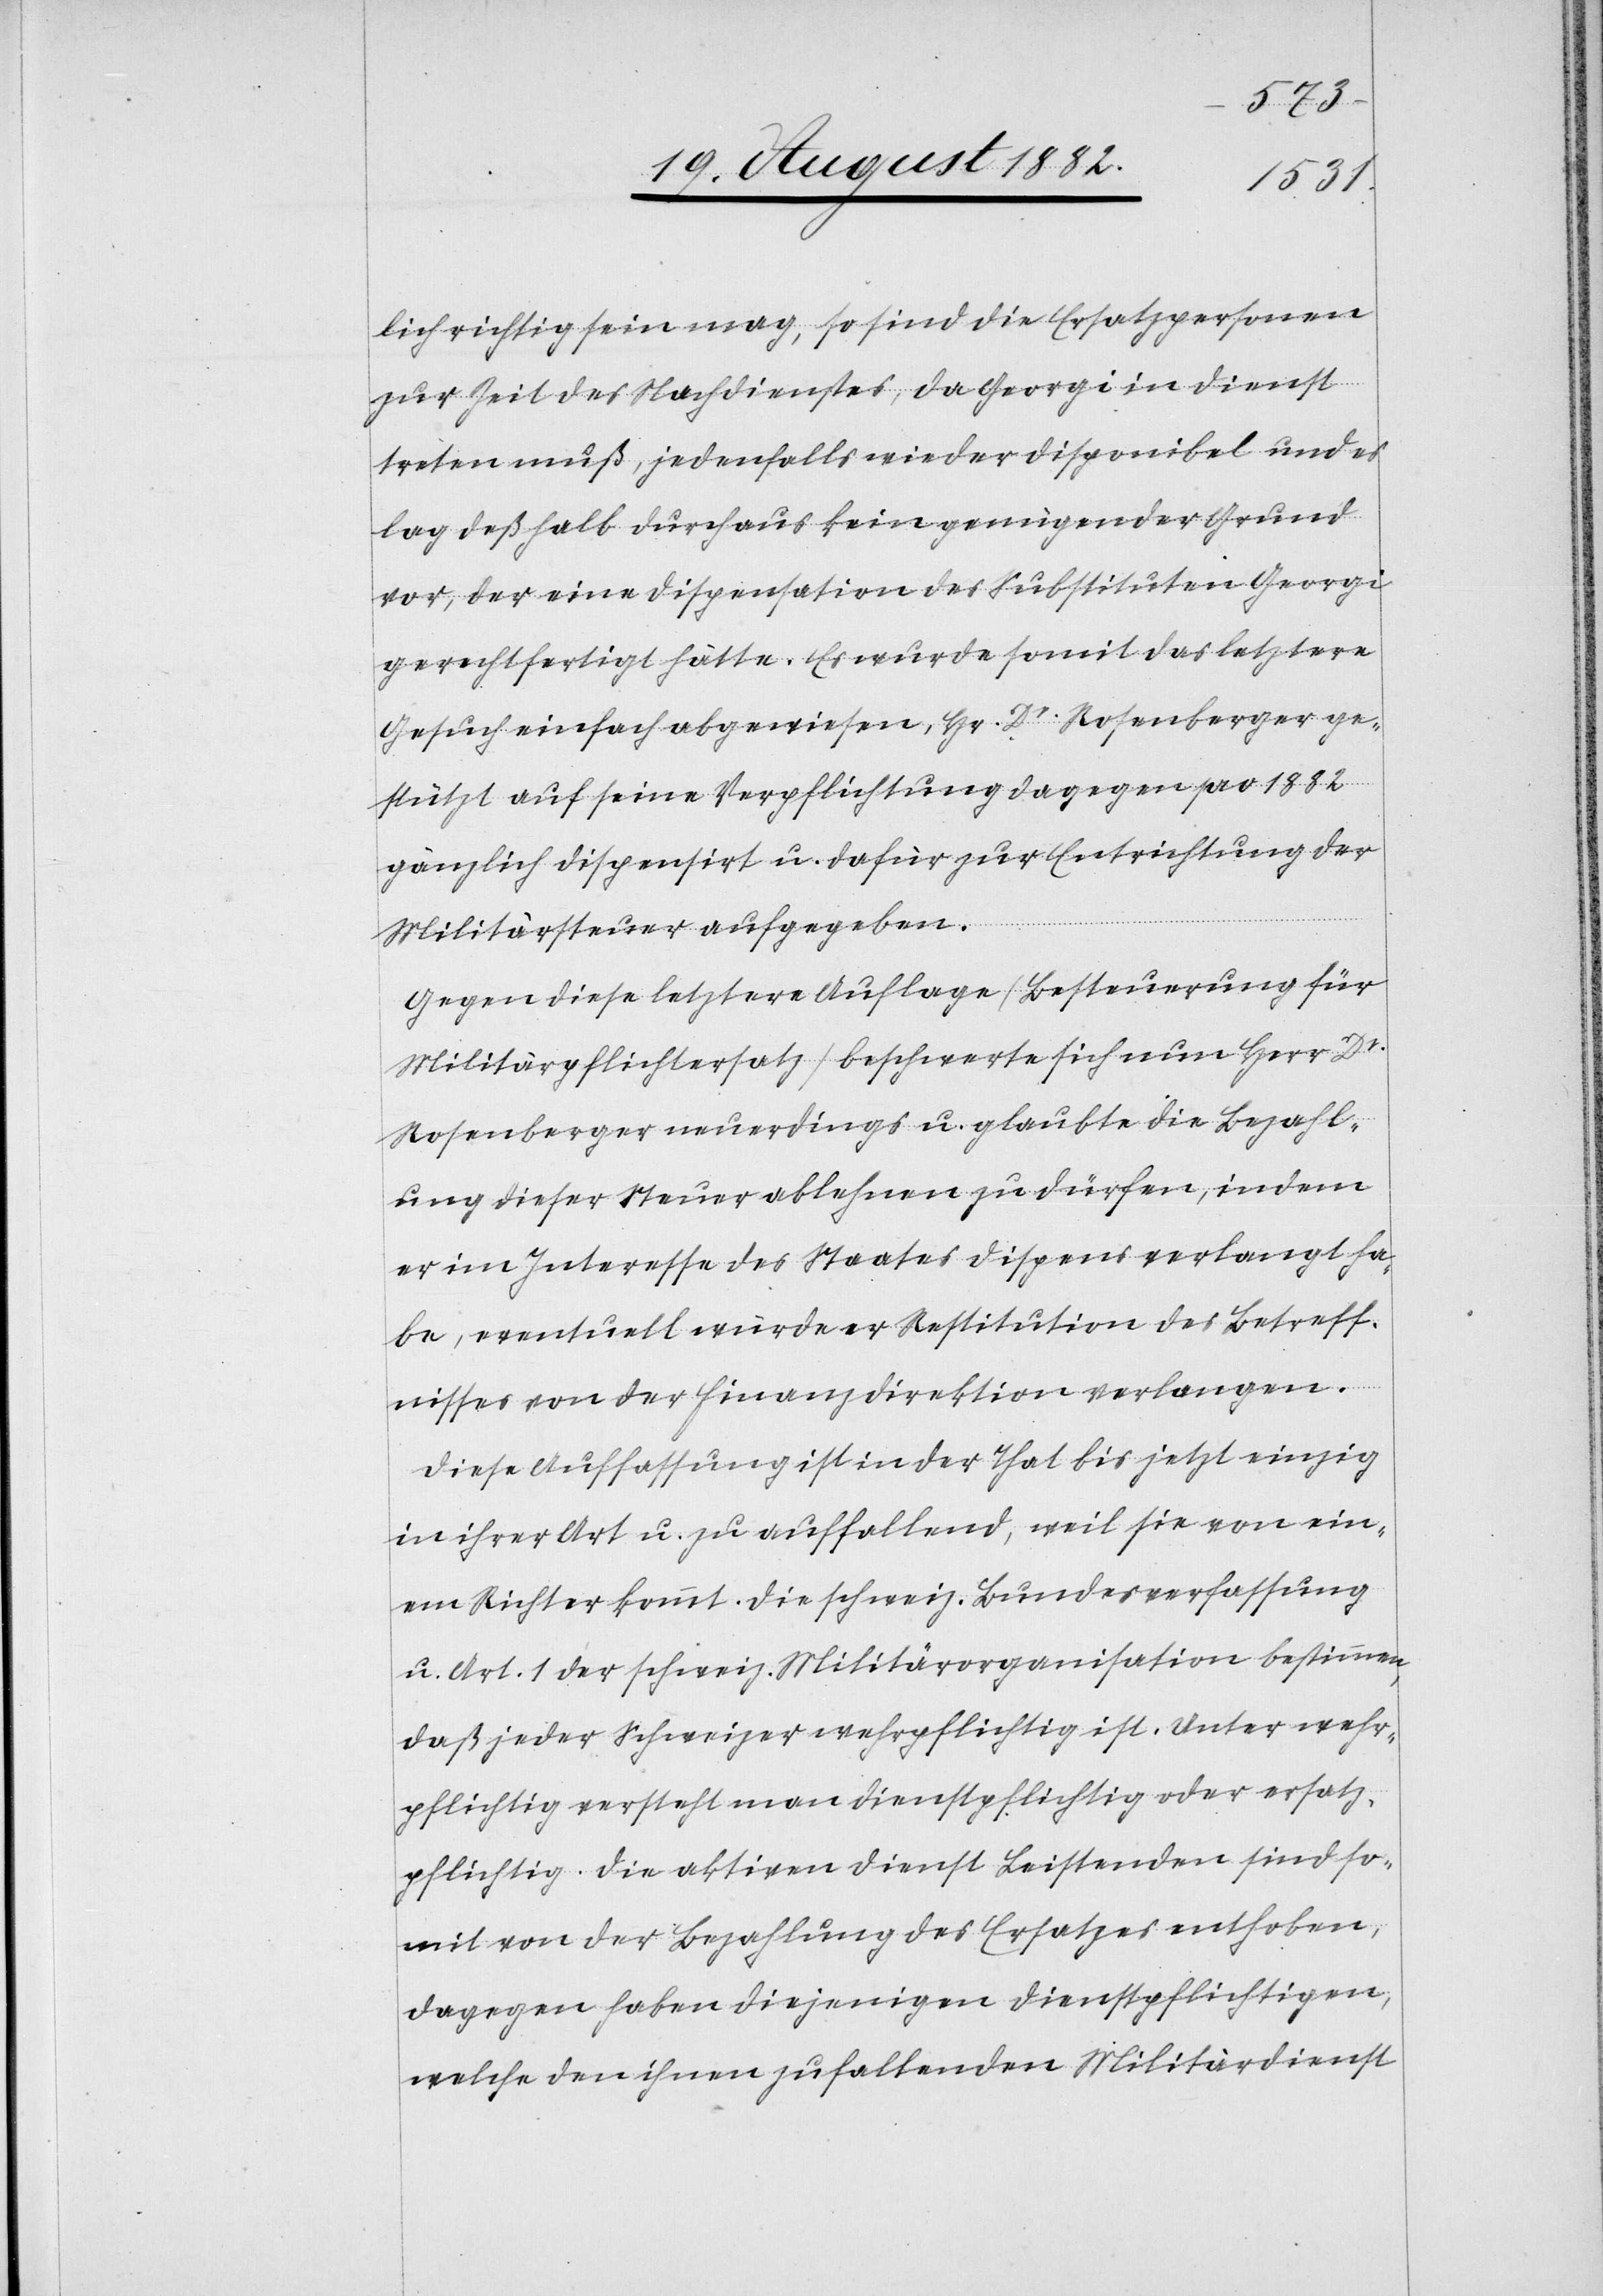
lich richtig sein mag, so sind die Ersatzpersonen
zur Zeit des Nachdienstes, da Georgi in Dienst
treten muß, jedenfalls wieder disponibel und es
lag deßhalb durchaus kein genügender Grund
vor, der eine Dispensation des Substituten Georgi
gerechtfertigt hätte. Es wurde somit das letztere
Gesuch einfach abgewiesen, Hr. Dr Rosenberger ge¬
stützt auf seine Verpflichtung dagegen pro 1882
gänzlich dispensirt u. dafür zur Entrichtung der
Militärsteuer aufgegeben.
Gegen diese letztere Auflage (Besteuerung für
Militärpflichtersatz) beschwerte sich nun Herr Dr
Rosenberger neuerdings u. glaubte die Bezahl¬
ung dieser Steuer ablehnen zu dürfen, indem
er im Interesse des Staates Dispens verlangt ha¬
be, eventuell würde er Restitution des Betreff¬
nisses von der Finanzdirektion verlangen.
Diese Auffassung ist in der That bis jetzt einzig
in ihrer Art u. zu auffallend, weil sie von ein¬
em Richter kommt. Die schweiz. Bundesverfassung
u. Art. 1 der schweiz. Militärorganisation bestimmen,
daß jeder Schweizer wehrpflichtig ist. Unter wehr¬
pflichtig versteht man dienstpflichtig oder ersatz¬
pflichtig. Die aktiven Dienst Leistenden sind so¬
mit von der Bezahlung des Ersatzes enthoben,
dagegen haben diejenigen Dienstpflichtigen,
welche den ihnen zufallenden Militärdienst